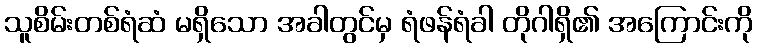
သူစိမ်းတစ်ရံဆံ မရှိသော အခါတွင်မှ ရံဖန်ရံခါ တိုဂါရှိ၏ အကြောင်းကို